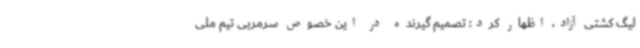
لیگ کشتی آزاد، اظهار کرد: تصمیم گیرنده در این خصوص سرمربی تیم ملی